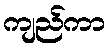
ကျည်ကာ